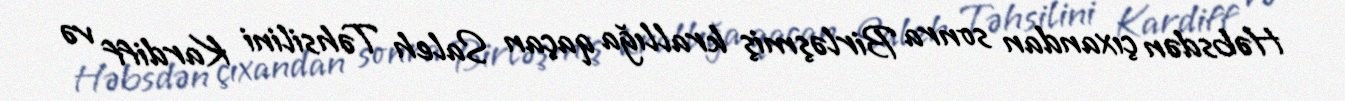
Həbsdən çıxandan sonra Birləşmiş krallığa qaçan Saleh Təhsilini Kardiff və